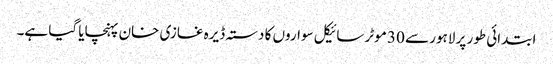
ابتدائی طور پر لاہور سے 30 موٹر سائیکل سواروں کا دستہ ڈیرہ غازی خان پہنچایا گیا ہے۔